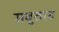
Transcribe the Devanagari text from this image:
सबुठारु